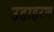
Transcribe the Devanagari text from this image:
उडाहरण